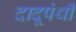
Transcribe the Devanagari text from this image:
दादूपंथी